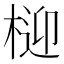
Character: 𭪧